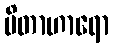
မိတာဟာရော